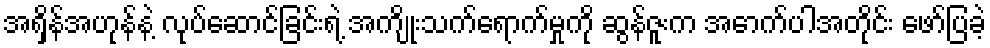
အရှိန်အဟုန်နဲ့ လုပ်ဆောင်ခြင်းရဲ့ အကျိုးသက်ရောက်မှုကို ဆွန်ဇူးက အောက်ပါအတိုင်း ဖော်ပြခဲ့